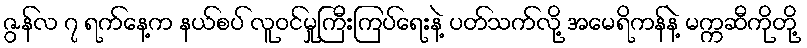
ဇွန်လ ၇ ရက်နေ့က နယ်စပ် လူဝင်မှုကြီးကြပ်ရေးနဲ့ ပတ်သက်လို့ အမေရိကန်နဲ့ မက္ကဆီကိုတို့